Civil Veterinary Department. Madras. Admin. report 1910-25 - 1910-1925
Year: 1910
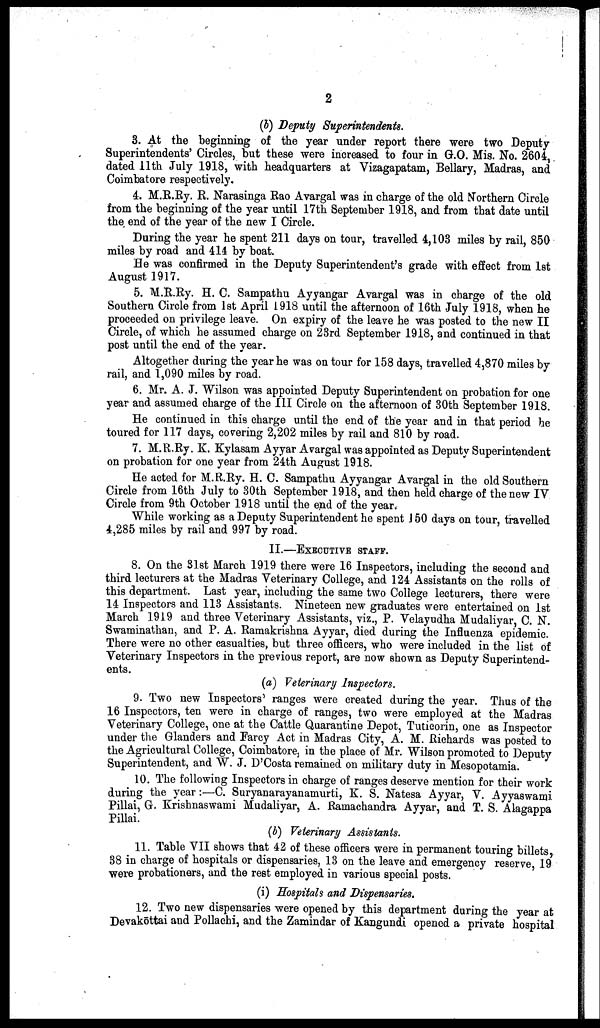
2
(b) Deputy Superintendents.
3. At the beginning of the year under report there were two Deputy-
Superintendents' Circles, but these were increased to four in G.O. Mis. No. 2604,
dated 11th July 1918, with headquarters at Vizagapatam, Bellary, Madras, and
Coimbatore respectively.
4. M.R.Ry. R. Narasinga Rao Avargal was in charge of the old Northern Circle
from the beginning of the year until 17th September 1918, and from that date until
the end of the year of the new I Circle.
During the year he spent 211 days on tour, travelled 4,103 miles by rail, 850
miles by road and 414 by boat.
He was confirmed in the Deputy Superintendent's grade with effect from 1st
August 1917.
5. M.R.Ry. H. C. Sampathu Ayyangar Avargal was in charge of the old
Southern Circle from 1st April 1918 until the afternoon of 16th July 1918, when he
proceeded on privilege leave. On expiry of the leave he was posted to the new II
Circle, of which he assumed charge on 23rd September 1918, and continued in that
post until the end of the year.
Altogether during the year he was on tour for 158 days, travelled 4,870 miles by
rail, and 1,090 miles by road.
6. Mr. A. J. Wilson was appointed Deputy Superintendent on probation for one
year and assumed charge of the III Circle on the afternoon of 30th September 1918.
He continued in this charge until the end of the year and in that period he
toured for 117 days, covering 2,202 miles by rail and 810 by road.
7. M.R.Ry. K. Kylasam Ayyar Avargal was appointed as Deputy Superintendent
on probation for one year from 24th August 1918.
He acted for M.R.Ry. H. C. Sampathu Ayyangar Avargal in the old Southern
Circle from 16th July to 30th September 1918, and then held charge of the new IV
Circle from 9th October 1918 until the end of the year.
While working as a Deputy Superintendent he spent 150 days on tour, travelled
4,285 miles by rail and 997 by road.
II.—EXECUTIVE STAFF.
8. On the 31st March 1919 there were 16 Inspectors, including the second and
third lecturers at the Madras Veterinary College, and 124 Assistants on the rolls of
this department. Last year, including the same two College lecturers, there were
14 Inspectors and 113 Assistants. Nineteen new graduates were entertained on 1st
March 1919 and three Veterinary Assistants, viz., P. Velayudha Mudaliyar, C. N.
Swaminathan, and P. A. Ramakrishna Ayyar, died during the Influenza epidemic.
There were no other casualties, but three officers, who were included in the list of
Veterinary Inspectors in the previous report, are now shown as Deputy Superintend
ents.
(a) Veterinary Inspectors.
9. Two new Inspectors' ranges were created during the year. Thus of the
16 Inspectors, ten were in charge of ranges, two were employed at the Madras
Veterinary College, one at the Cattle Quarantine Depot, Tuticorin, one as Inspector
under the Glanders and Farcy Act in Madras City, A. M. Richards was posted to
the Agricultural College, Coimbatore, in the place of Mr. Wilson promoted to Deputy
Superintendent, and W. J. D'Costa remained on military duty in Mesopotamia.
10. The following Inspectors in charge of ranges deserve mention for their work
during the year:—C. Suryanarayanamurti, K. S. Natesa Ayyar, V. Ayyaswami
Pillai, G. Krishnaswami Mudaliyar, A. Ramachandra Ayyar, and T. S. Alagappa
Pillai.
(b) Veterinary Assistants.
11. Table VII shows that 42 of these officers were in permanent touring billets,
38 in charge of hospitals or dispensaries, 13 on the leave and emergency reserve, 19
were probationers, and the rest employed in various special posts.
(i) Hospitals and Dispensaries.
12. Two new dispensaries were opened by this department during the year at
Devakōttai and Pollachi, and the Zamindar of Kangundi opened a private hospital